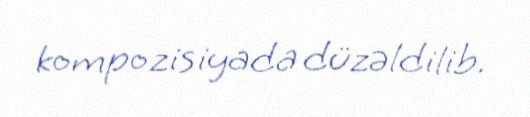
kompozisiyada düzəldilib.